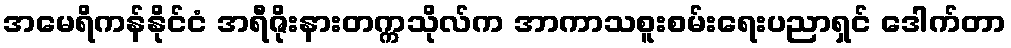
အမေရိကန်နိုင်ငံ အရီဇိုးနားတက္ကသိုလ်က အာကာသစူးစမ်းရေးပညာရှင် ဒေါက်တာ